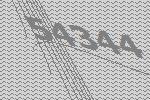
54344